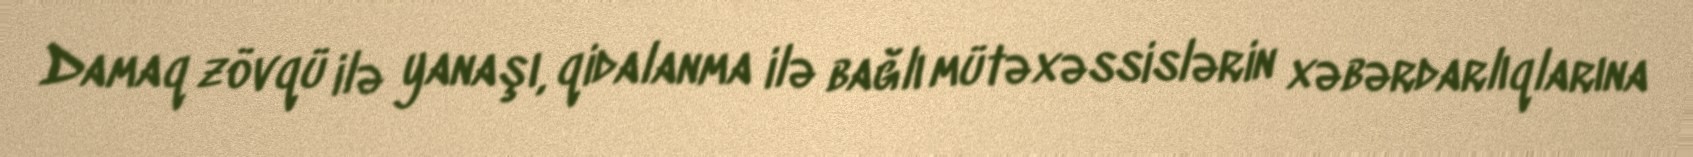
Damaq zövqü ilə yanaşı, qidalanma ilə bağlı mütəxəssislərin xəbərdarlıqlarına